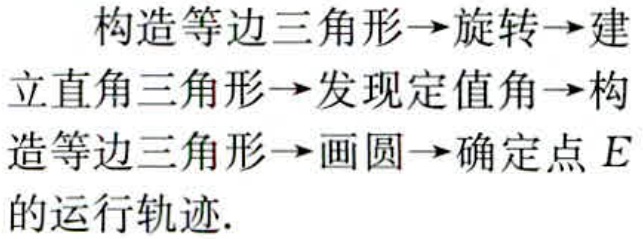
构造等边三角形$\to$旋转$\to$建立直角三角形$\to$发现定值角$\to$构造等边三角形$\to$画圆$\to$确定点$E$的运行轨迹.